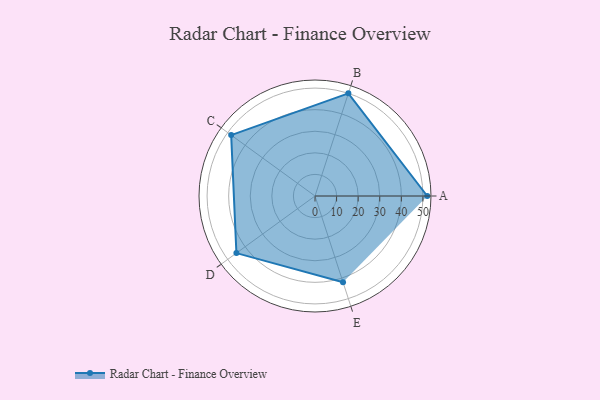
{"axis": {"x": "Skill", "y": "Score"}, "legend": ["Profile"], "data": [{"x": "A", "y": 52.0, "type": "Profile"}, {"x": "B", "y": 50.0, "type": "Profile"}, {"x": "C", "y": 48.0, "type": "Profile"}, {"x": "D", "y": 45.0, "type": "Profile"}, {"x": "E", "y": 42.0, "type": "Profile"}]}